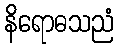
နိရောဓသညံ